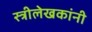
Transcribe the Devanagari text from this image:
स्त्रीलेखकांनी